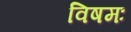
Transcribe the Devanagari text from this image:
विषमः